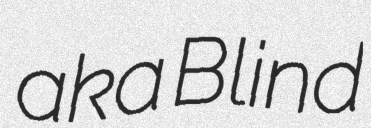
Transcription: aka Blind